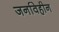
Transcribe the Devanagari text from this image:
जनविहीन